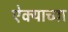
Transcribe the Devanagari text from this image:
ऐक्याच्या